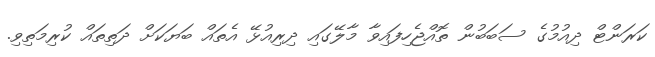
ކަރަންޓް ދިއުމުގެ ސަބަބުން ތޮއްޖެހިފައިވާ މާލޭގައި ދިރިއުޅޭ އެތައް ބަޔަކަށް ދަތިތައް ކުރިމަތިވި.